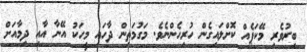
ބިރުވެރި މޭކަޕެއް ކޮށްލައިގެން ހުރިހެންނެވެ. މަގުމަތިން ދާހައި މީހަކު އޭނާ އާއި ދިމާއަށް